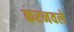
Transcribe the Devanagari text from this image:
करनवले